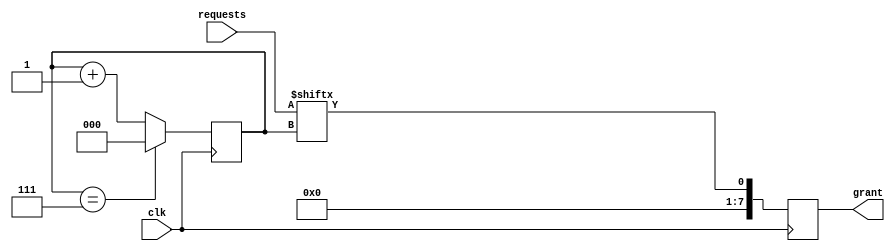
module round_robin_arbiter (
    input wire clk,
    input wire [7:0] requests,
    output reg [7:0] grant
);

reg [2:0] count;

always @(posedge clk) begin
    if (count == 7) begin
        count <= 0;
    end else begin
        count <= count + 1;
    end

    grant <= requests[count];
end

endmodule